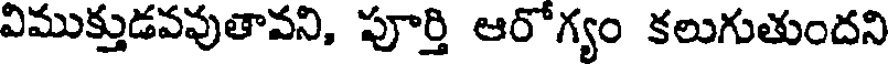
విముక్తుడవవుతావని, పూర్తి ఆరోగ్యం కలుగుతుందని